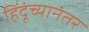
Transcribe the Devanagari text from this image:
हिंदूंच्यानंतर